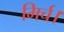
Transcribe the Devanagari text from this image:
मिर्च।